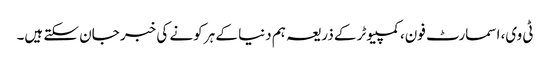
ٹی وی، اسمارٹ فون، کمپیوٹر کے ذریعہ ہم دنیا کے ہر کونے کی خبر جان سکتے ہیں۔